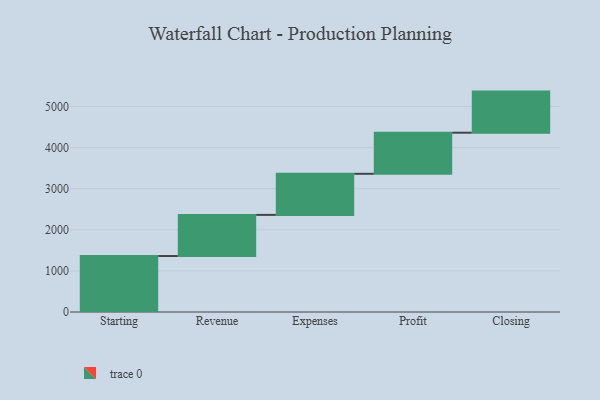
{"axis": {"x": "Step", "y": "Value"}, "legend": [""], "data": [{"x": "Starting", "y": 1362.0, "type": ""}, {"x": "Revenue", "y": 1001.0, "type": ""}, {"x": "Expenses", "y": 1000, "type": ""}, {"x": "Profit", "y": 1000, "type": ""}, {"x": "Closing", "y": 1000, "type": ""}]}